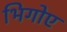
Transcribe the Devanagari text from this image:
भिगोए